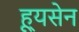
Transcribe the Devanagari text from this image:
ह्यूसेन